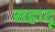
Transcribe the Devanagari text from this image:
सहादू